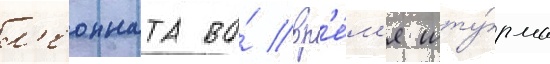
л'еонната во́ вр'е́м'я шту́рма